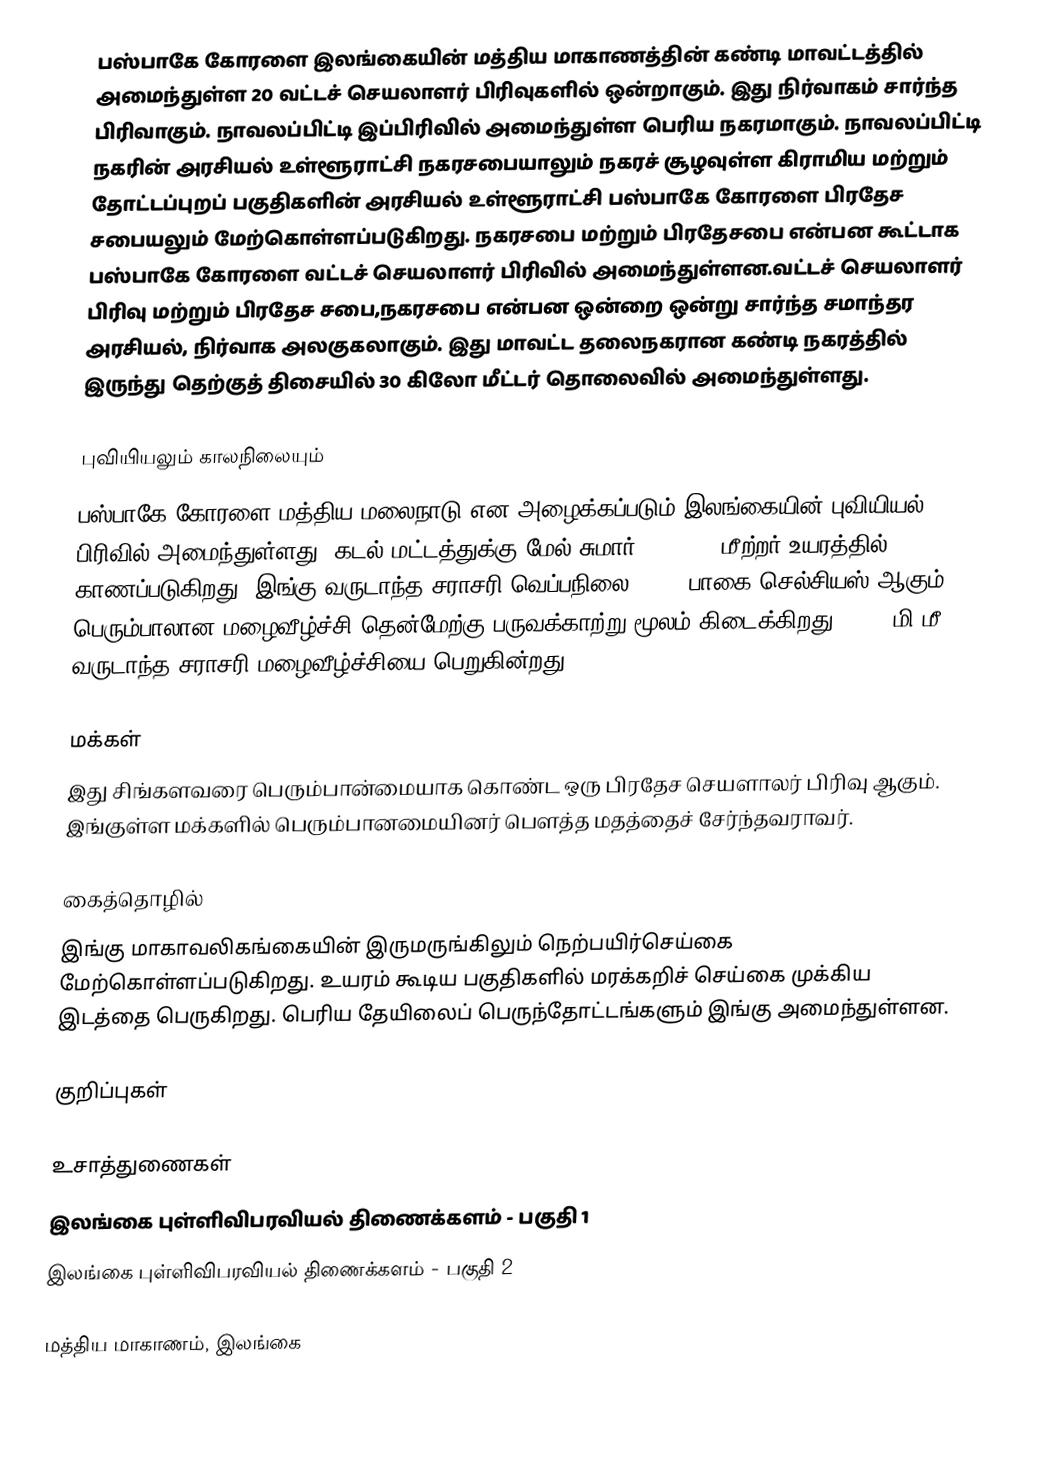
பஸ்பாகே கோரளை இலங்கையின் மத்திய மாகாணத்தின் கண்டி மாவட்டத்தில் அமைந்துள்ள 20  வட்டச் செயலாளர் பிரிவுகளில் ஒன்றாகும். இது நிர்வாகம் சார்ந்த பிரிவாகும்.  நாவலப்பிட்டி இப்பிரிவில் அமைந்துள்ள பெரிய நகரமாகும்.  நாவலப்பிட்டி நகரின் அரசியல் உள்ளூராட்சி நகரசபையாலும்  நகரச் சூழவுள்ள கிராமிய மற்றும் தோட்டப்புறப் பகுதிகளின் அரசியல் உள்ளூராட்சி பஸ்பாகே கோரளை பிரதேச சபையலும் மேற்கொள்ளப்படுகிறது.  நகரசபை மற்றும் பிரதேசபை என்பன கூட்டாக பஸ்பாகே கோரளை வட்டச் செயலாளர் பிரிவில் அமைந்துள்ளன.வட்டச் செயலாளர் பிரிவு மற்றும் பிரதேச சபை,நகரசபை என்பன ஒன்றை ஒன்று சார்ந்த சமாந்தர அரசியல், நிர்வாக அலகுகலாகும். இது மாவட்ட தலைநகரான கண்டி நகரத்தில் இருந்து  தெற்குத் திசையில்  30 கிலோ மீட்டர் தொலைவில் அமைந்துள்ளது.

புவியியலும் காலநிலையும்
பஸ்பாகே கோரளை  மத்திய மலைநாடு என அழைக்கப்படும்  இலங்கையின் புவியியல் பிரிவில் அமைந்துள்ளது. கடல் மட்டத்துக்கு மேல் சுமார் 602-1000 மீற்றர்  உயரத்தில் காணப்படுகிறது. இங்கு வருடாந்த சராசரி வெப்பநிலை 22-18 பாகை செல்சியஸ் ஆகும். பெரும்பாலான மழைவீழ்ச்சி தென்மேற்கு பருவக்காற்று மூலம் கிடைக்கிறது. 3750  மி.மீ. வருடாந்த சராசரி மழைவீழ்ச்சியை பெறுகின்றது.

மக்கள்
இது சிங்களவரை பெரும்பான்மையாக கொண்ட ஒரு பிரதேச செயளாலர் பிரிவு ஆகும். இங்குள்ள மக்களில் பெரும்பானமையினர் பௌத்த மதத்தைச் சேர்ந்தவராவர்.

கைத்தொழில்
இங்கு மாகாவலிகங்கையின் இருமருங்கிலும் நெற்பயிர்செய்கை மேற்கொள்ளப்படுகிறது. உயரம் கூடிய பகுதிகளில் மரக்கறிச் செய்கை முக்கிய இடத்தை பெருகிறது. பெரிய தேயிலைப் பெருந்தோட்டங்களும் இங்கு அமைந்துள்ளன.

குறிப்புகள்

உசாத்துணைகள்
 இலங்கை புள்ளிவிபரவியல் திணைக்களம் - பகுதி 1
 இலங்கை புள்ளிவிபரவியல் திணைக்களம் - பகுதி 2

மத்திய மாகாணம், இலங்கை